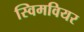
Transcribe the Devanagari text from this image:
स्विमवियर